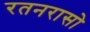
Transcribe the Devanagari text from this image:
रतनरासो